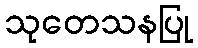
သုတေသနပြု